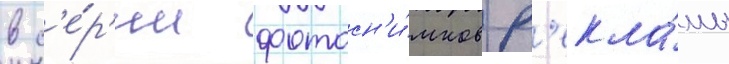
в с'е́р'ии фотосн'и́мков р'екла́мы